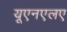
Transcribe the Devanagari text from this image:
यूएनएलए